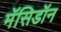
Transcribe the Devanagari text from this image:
मॅसिडॉन